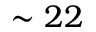
\sim 2 2